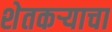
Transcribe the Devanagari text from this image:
शेतकऱ्याचा